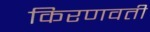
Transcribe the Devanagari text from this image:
किरणवती